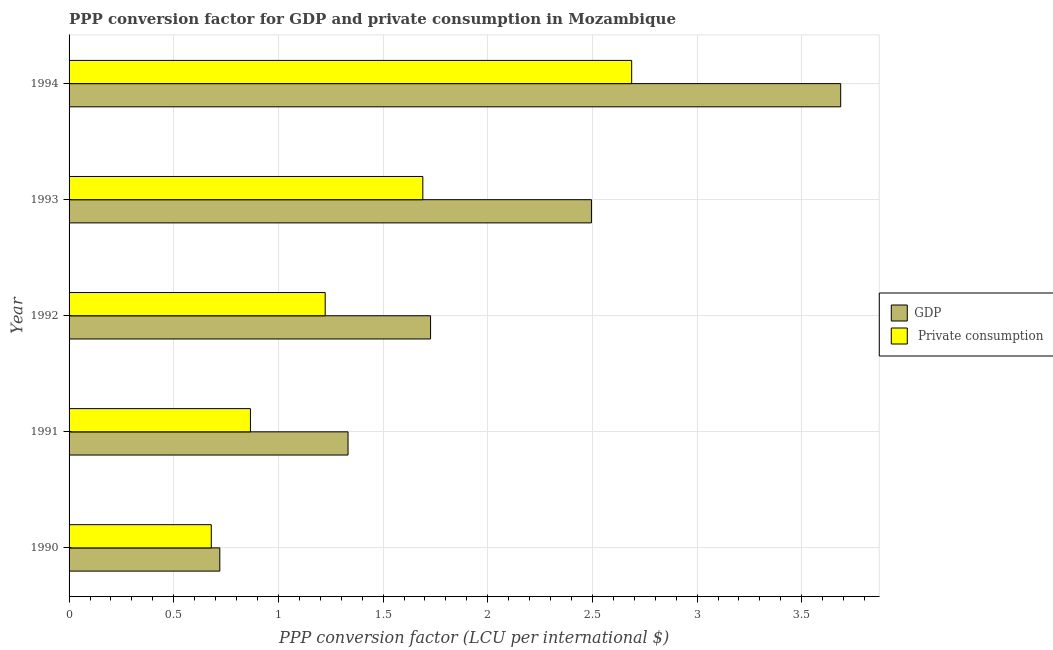
| Year | GDP |  Private consumption |
 | --- | --- | --- |
 | 1990 | 0.72 | 0.679 |
 | 1991 | 1.33 | 0.866 |
 | 1992 | 1.73 | 1.22 |
 | 1993 | 2.5 | 1.69 |
 | 1994 | 3.69 | 2.69 |